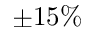
\pm 1 5 \%